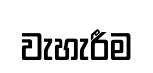
වැහැරීම